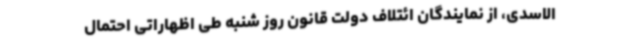
الاسدی، از نمایندگان ائتلاف دولت قانون روز شنبه طی اظهاراتی احتمال